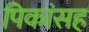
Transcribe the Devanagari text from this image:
पिकांसह